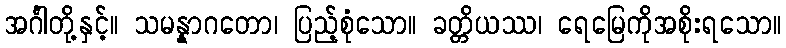
အင်္ဂါတို့နှင့်။ သမန္နာဂတော၊ ပြည့်စုံသော။ ခတ္တိယဿ၊ ရေမြေကိုအစိုးရသော။